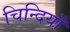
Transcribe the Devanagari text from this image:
चिन्दियाँ